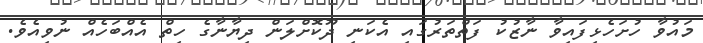
މައުވާ ހުށަހެޅިފައިވާ ނާޒުކު ފަތްތަރުގައި އެކަނި ދޫކޮށްލަން ދިޔާނާގެ ހިތް އެއްބަހެއް ނުވިއެވެ.